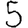
Digit: 5